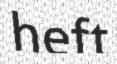
heft